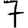
Digit: 7